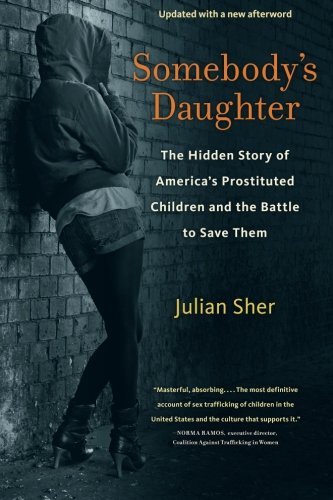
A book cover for Somebody's Daughter: The Hidden Story of America's Prostituted Children and the Battle to Save Them; Julian Sher; Politics & Social Sciences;